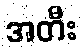
အတီး